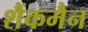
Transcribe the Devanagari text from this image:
शैंकमैन